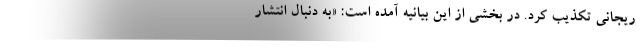
ریجانی تکذیب کرد. در بخشی از این بیانیه آمده است: «به دنبال انتشار